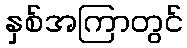
နှစ်အကြာတွင်